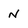
Character: n